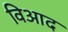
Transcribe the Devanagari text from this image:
विआद